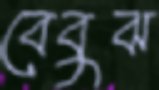
বেবুঝ